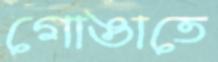
গোঙাতে